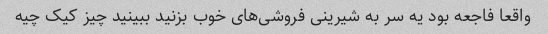
واقعا فاجعه بود یه سر به شیرینی فروشی‌های خوب بزنید ببینید چیز کیک چیه